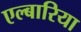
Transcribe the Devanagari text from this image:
एल्बारिया